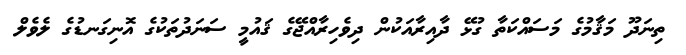
ތިނަދޫ މަޤާމުގެ މަސައްކަތާ ގުޅޭ ދާއިރާއަކުން ދިވެހިރާއްޖޭގެ ޤައުމީ ސަނަދުތަކުގެ އޮނިގަނޑުގެ ލެވެލް